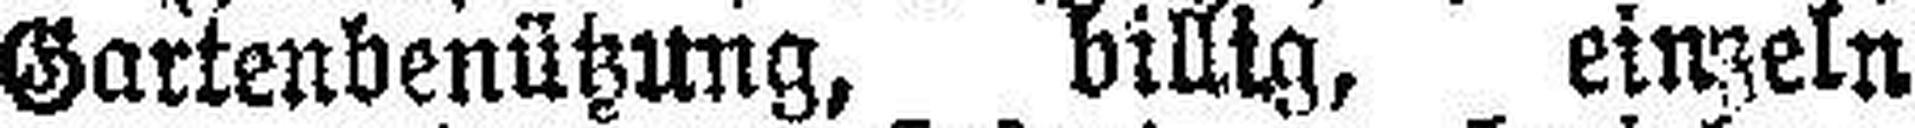
Gartenbenützung, billig, einzeln